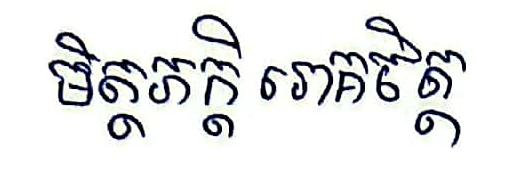
មិត្តភក្ដី រោគចិត្ត